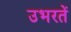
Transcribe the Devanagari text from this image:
उभरतें